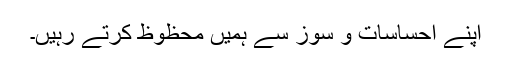
اپنے احساسات و سوز سے ہمیں محظوظ کرتے رہیں۔